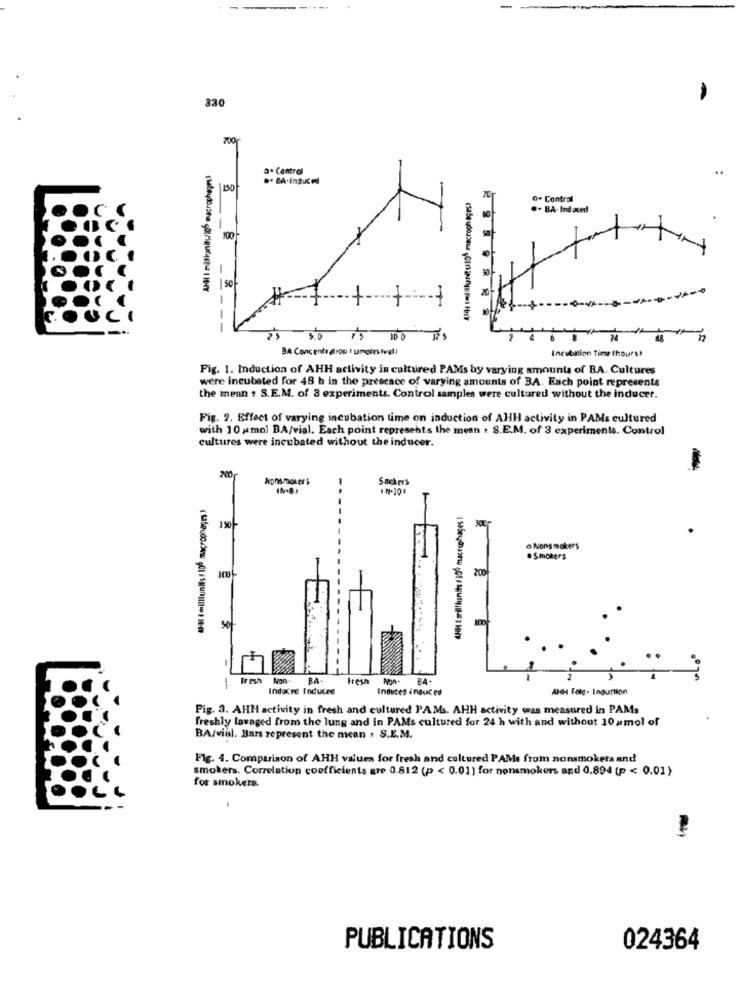
330
700
AHH I millianityich macrophages?
3. Central
150
o- Contral
.- BA- Induced
100
-
++-
---
-3.0 is 100 Ts
BA Concentration umofestival
Incubation Time thours?
Fig. 1. Induction of AHH activity in cultured PAMs by varying amounts of BA. Cultures
were incubated for 48 b in the presence of varying amounts of BA. Each point represents
the mean , S.E.M. of 8 experiments. Control samples were cultured without the inducer.
Fig. 2. Effect of varying incubation time on induction of AHH activity in PAM: cultured
with 10 umol BA/vial. Each point represents the mean . S.E.M. of 3 experiments. Control
cultures were incubated without the inducer.
200
Smokers
IN-8,
AHH I grilliunits / 100 macrophages 1
150
o Nons mokers
.Smokers
200
100
So
fresh Non-
BA-
Fresh
Non.
Indacrd Induced
Induces induced
AHH Fold- Indurtion
Fig. 3. AHH activity in fresh and cultured PAMs. AHH activity was measured in PAMs
freshly lavaged from the lung and in PAMs cultured for 24 h with and without 10 amol of
BA/viel. Bars represent the mean . S.E.M.
Fig. 4. Comparison of AHH values for fresh and cultured PAMs from nonsmokers and
smokers. Correlation coefficients are 0.812 (p < 0.01) for nonsmokers and 0,894 (p < 0.01)
for smokers.
PUBLICATIONS
024364